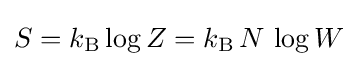
S=k_{\rm {B}}\log Z=k_{\rm {B}}\,N\,\log W